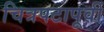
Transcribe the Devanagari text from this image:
चित्रपटापूर्वी